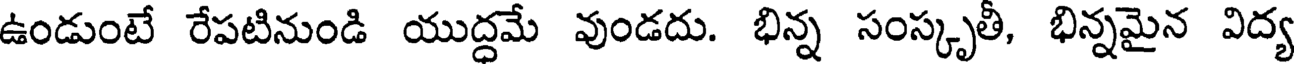
ఉండుంటే రేపటినుండి యుద్ధమే వుండదు. భిన్న సంస్కృతీ, భిన్నమైన విద్య